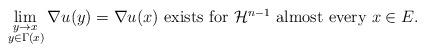
LaTeX: \begin{align*} \lim\limits_{\substack{y \to x \\ \, y \in \Gamma(x)}} \nabla u (y ) = \nabla u (x) \mbox{ exists for $ \mathcal{H}^{n-1} $ almost every $ x \in E. $ } \end{align*}